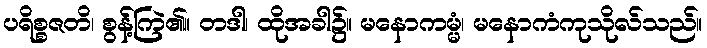
ပရိစ္စဇတိ၊ စွန့်ကြဲ၏။ တဒါ၊ ထိုအခါ၌။ မနောကမ္မံ၊ မနောကံကုသိုလ်သည်။